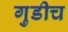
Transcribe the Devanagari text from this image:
गुडीच